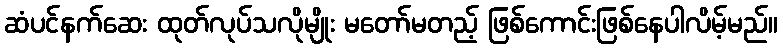
ဆံပင်နက်ဆေး ထုတ်လုပ်သလိုမျိုး မတော်မတည့် ဖြစ်ကောင်းဖြစ်နေပါလိမ့်မည်။